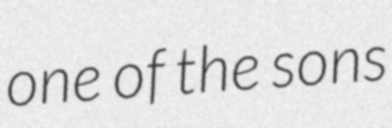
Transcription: one of the sons